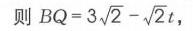
则$BQ = 3\sqrt{2}-\sqrt{2}t$，